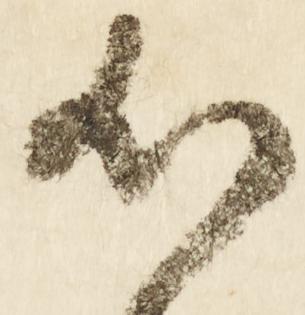
心